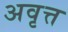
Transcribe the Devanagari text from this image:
अवृत्त